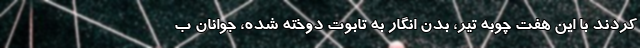
کردند با این هفت چوبه تیر، بدن انگار به تابوت دوخته شده، جوانان ب